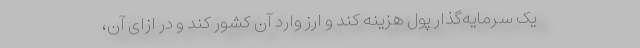
یک سرمایه‌گذار پول هزینه کند و ارز وارد آن کشور کند و در ازای آن،